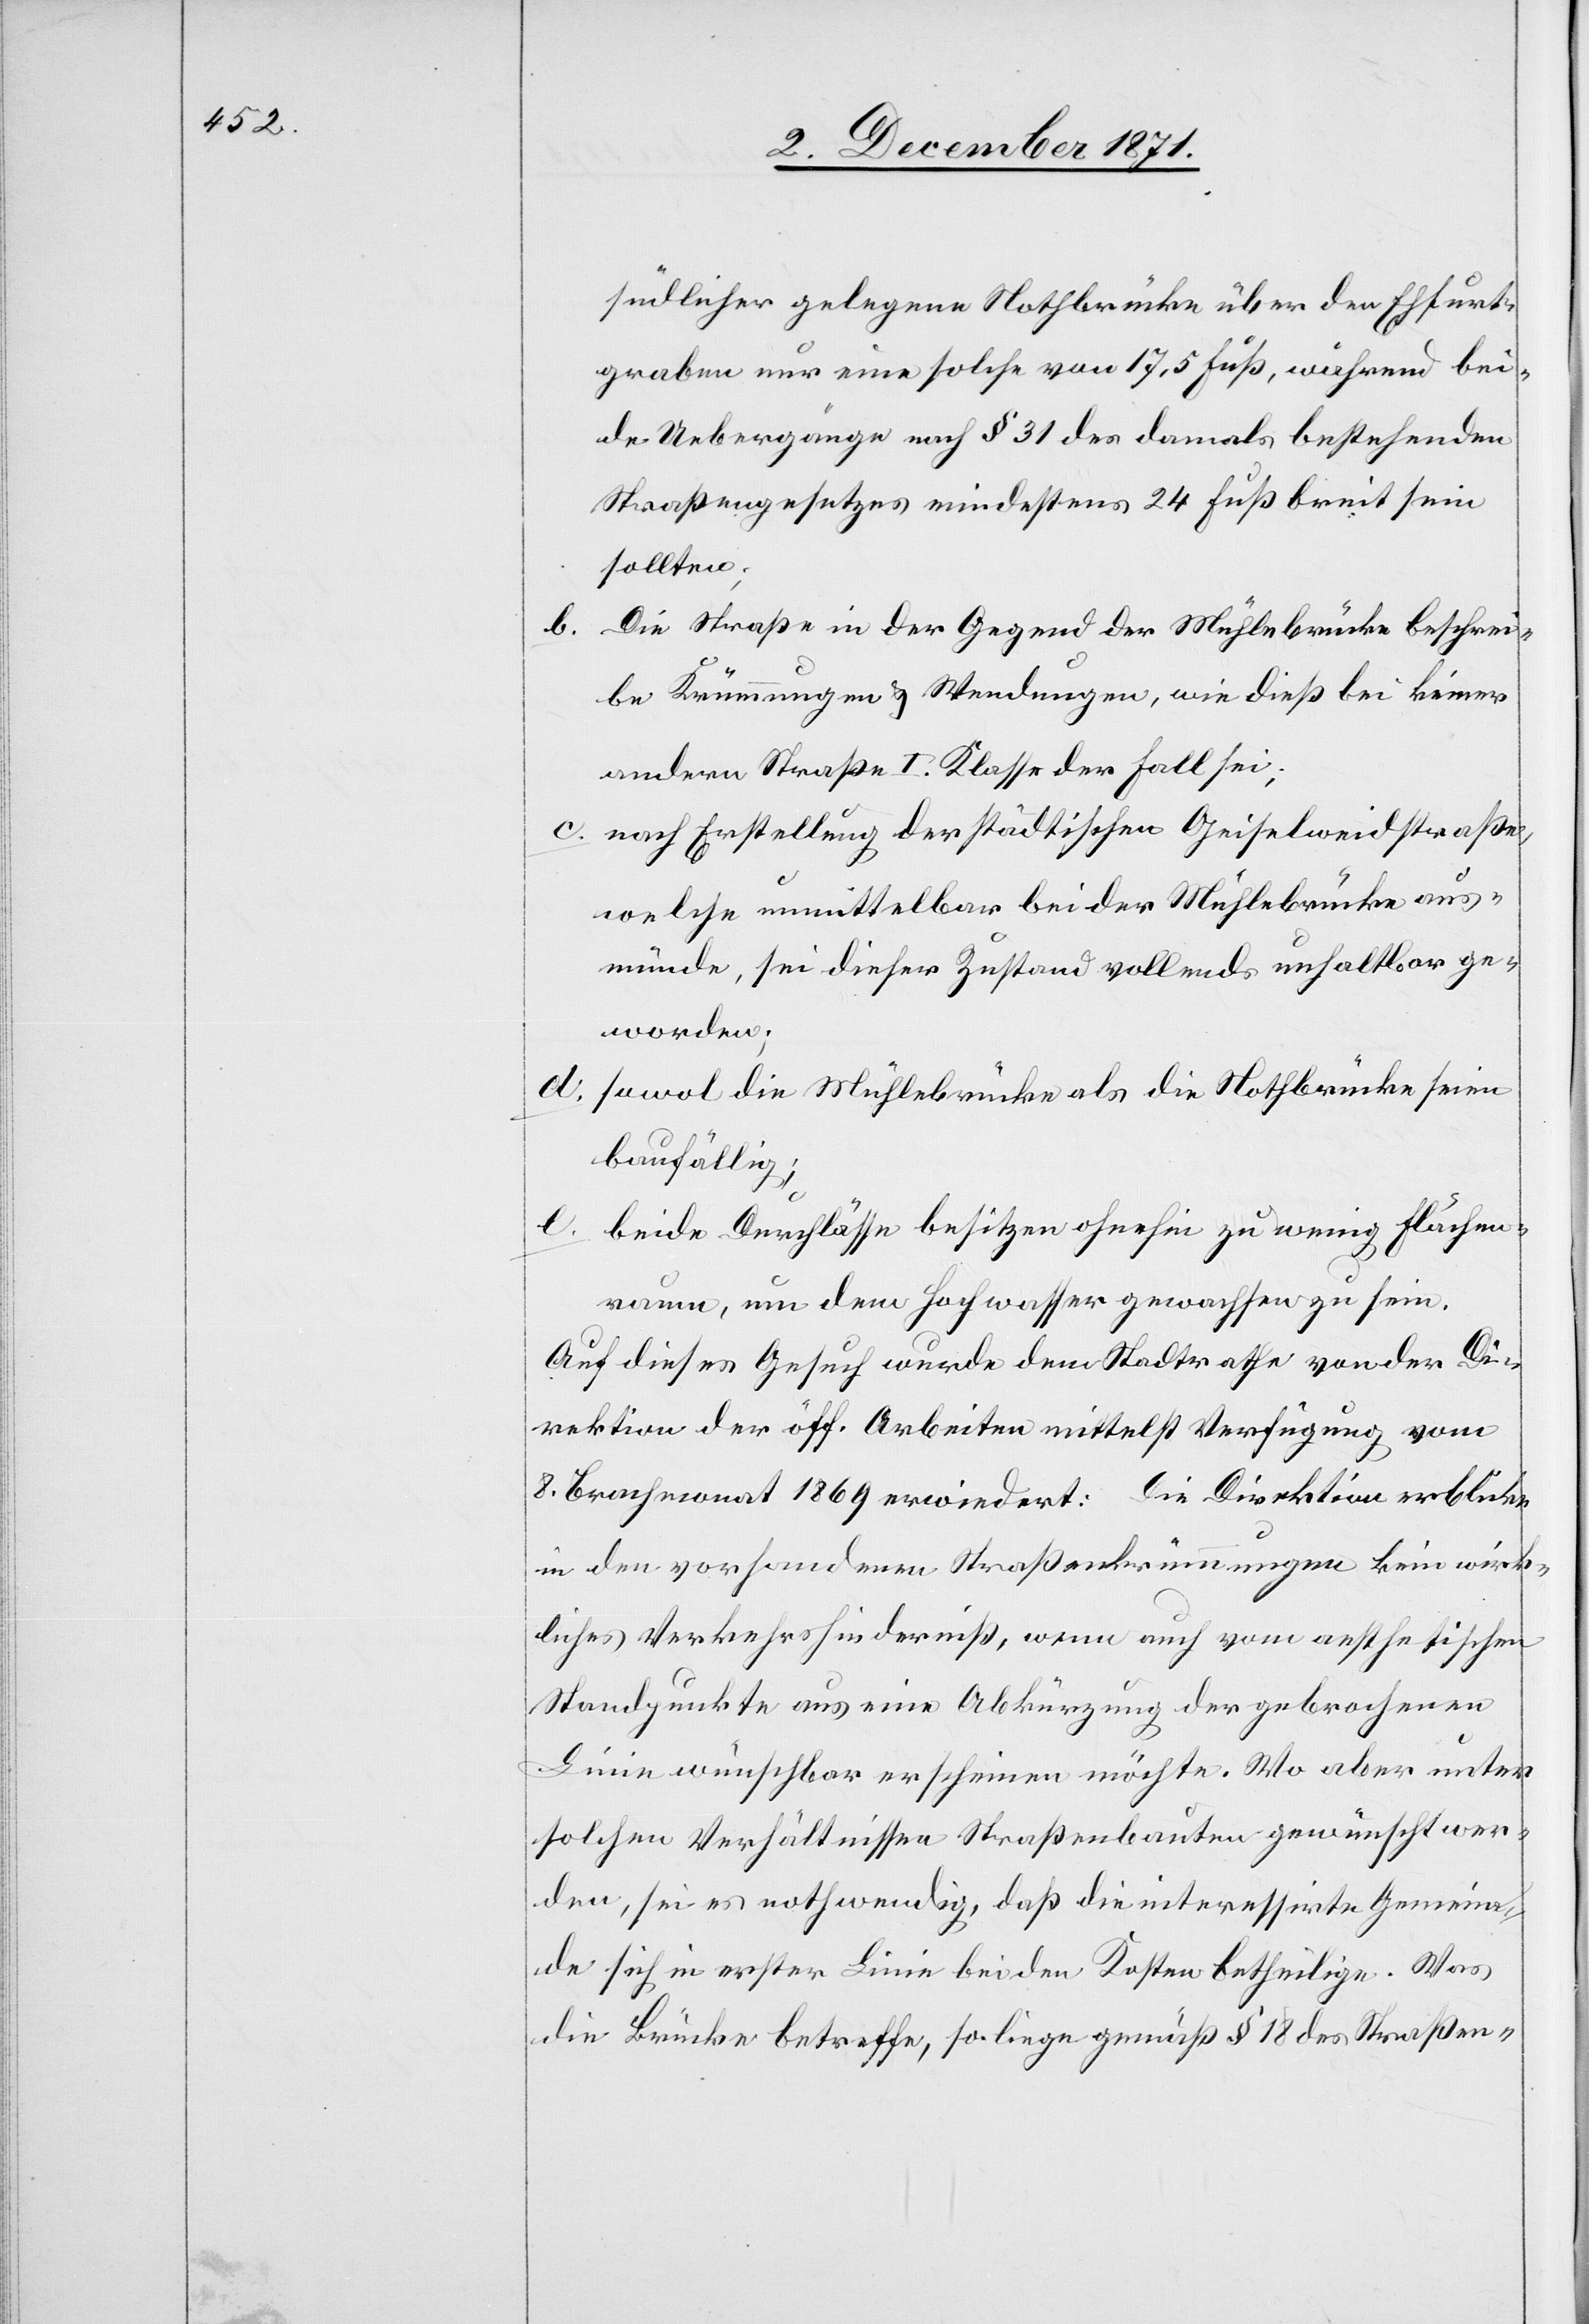
b.

südlicher gelegene Nothbrücke über den Ehfurt¬
graben nur eine solche von 17,5 Fuß, während bei¬
de Uebergänger nach § 31 des damals bestehenden
Straßengesetzes mindestens 24 Fuß breit sein
sollten;
Die Straße in der Gegend der Mühlebrücke beschrei¬
be Krümmungen & Wendungen, wie dieß bei keiner
andern Straße I. Klasse der Fall sei;
c. nach Erstellung der städtischen Geiselweidstraße,
welche unmittelbar bei der Mühlebrücke aus¬
münde, sei dieser Zustand vollends unhaltbar ge¬
worden;
d. sowol die Mühlebrücke als die Nothbrücke seien
baufällig;
e. beide Durchlässe besitzen ohnehin zu wenig Flächen¬
raum, um dem Hochwasser gewachsen zu sein.
Auf dieses Gesuch wurde dem Stadtrathe von der Di¬
rektion der öff. Arbeiten mittelst Verfügung vom
8. Brachmonat 1869 erwiedert: Die Direktion erblicke
in den vorhandenen Straßenkreuzungen kein wirk¬
liches Verkehrshinderniß, wenn auch vom aesthetischen
Standpunkte aus eine Abkürzung der gebrochenen
Linie wünschbar erscheinen möchte. Wo aber unter
solchen Verhältnissen Straßenbauten gewünscht wer¬
den, sei es nothwendig, daß die interessirte Gemein¬
de sich in erster Linie bei den Kosten betheilige. Was
die Brücke betreffe, so liege gemäß § 18 des Straßen-